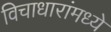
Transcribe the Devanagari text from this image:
विचाधारांमध्ये